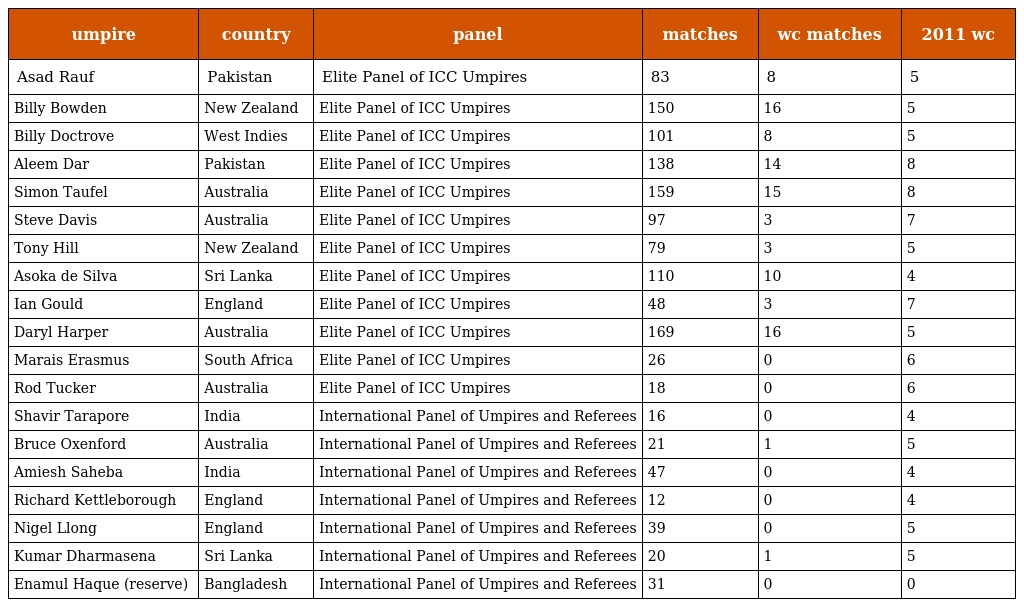
| umpire | country | panel | matches | wc matches | 2011 wc |
 | --- | --- | --- | --- | --- | --- |
 | Asad Rauf | Pakistan | Elite Panel of ICC Umpires | 83 | 8 | 5 |
 | Billy Bowden | New Zealand | Elite Panel of ICC Umpires | 150 | 16 | 5 |
 | Billy Doctrove | West Indies | Elite Panel of ICC Umpires | 101 | 8 | 5 |
 | Aleem Dar | Pakistan | Elite Panel of ICC Umpires | 138 | 14 | 8 |
 | Simon Taufel | Australia | Elite Panel of ICC Umpires | 159 | 15 | 8 |
 | Steve Davis | Australia | Elite Panel of ICC Umpires | 97 | 3 | 7 |
 | Tony Hill | New Zealand | Elite Panel of ICC Umpires | 79 | 3 | 5 |
 | Asoka de Silva | Sri Lanka | Elite Panel of ICC Umpires | 110 | 10 | 4 |
 | Ian Gould | England | Elite Panel of ICC Umpires | 48 | 3 | 7 |
 | Daryl Harper | Australia | Elite Panel of ICC Umpires | 169 | 16 | 5 |
 | Marais Erasmus | South Africa | Elite Panel of ICC Umpires | 26 | 0 | 6 |
 | Rod Tucker | Australia | Elite Panel of ICC Umpires | 18 | 0 | 6 |
 | Shavir Tarapore | India | International Panel of Umpires and Referees | 16 | 0 | 4 |
 | Bruce Oxenford | Australia | International Panel of Umpires and Referees | 21 | 1 | 5 |
 | Amiesh Saheba | India | International Panel of Umpires and Referees | 47 | 0 | 4 |
 | Richard Kettleborough | England | International Panel of Umpires and Referees | 12 | 0 | 4 |
 | Nigel Llong | England | International Panel of Umpires and Referees | 39 | 0 | 5 |
 | Kumar Dharmasena | Sri Lanka | International Panel of Umpires and Referees | 20 | 1 | 5 |
 | Enamul Haque (reserve) | Bangladesh | International Panel of Umpires and Referees | 31 | 0 | 0 |